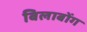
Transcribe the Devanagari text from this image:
बिलाबोंग